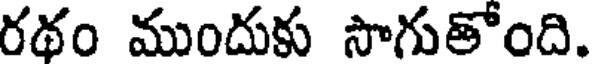
రథం ముందుకు సాగుతోంది.